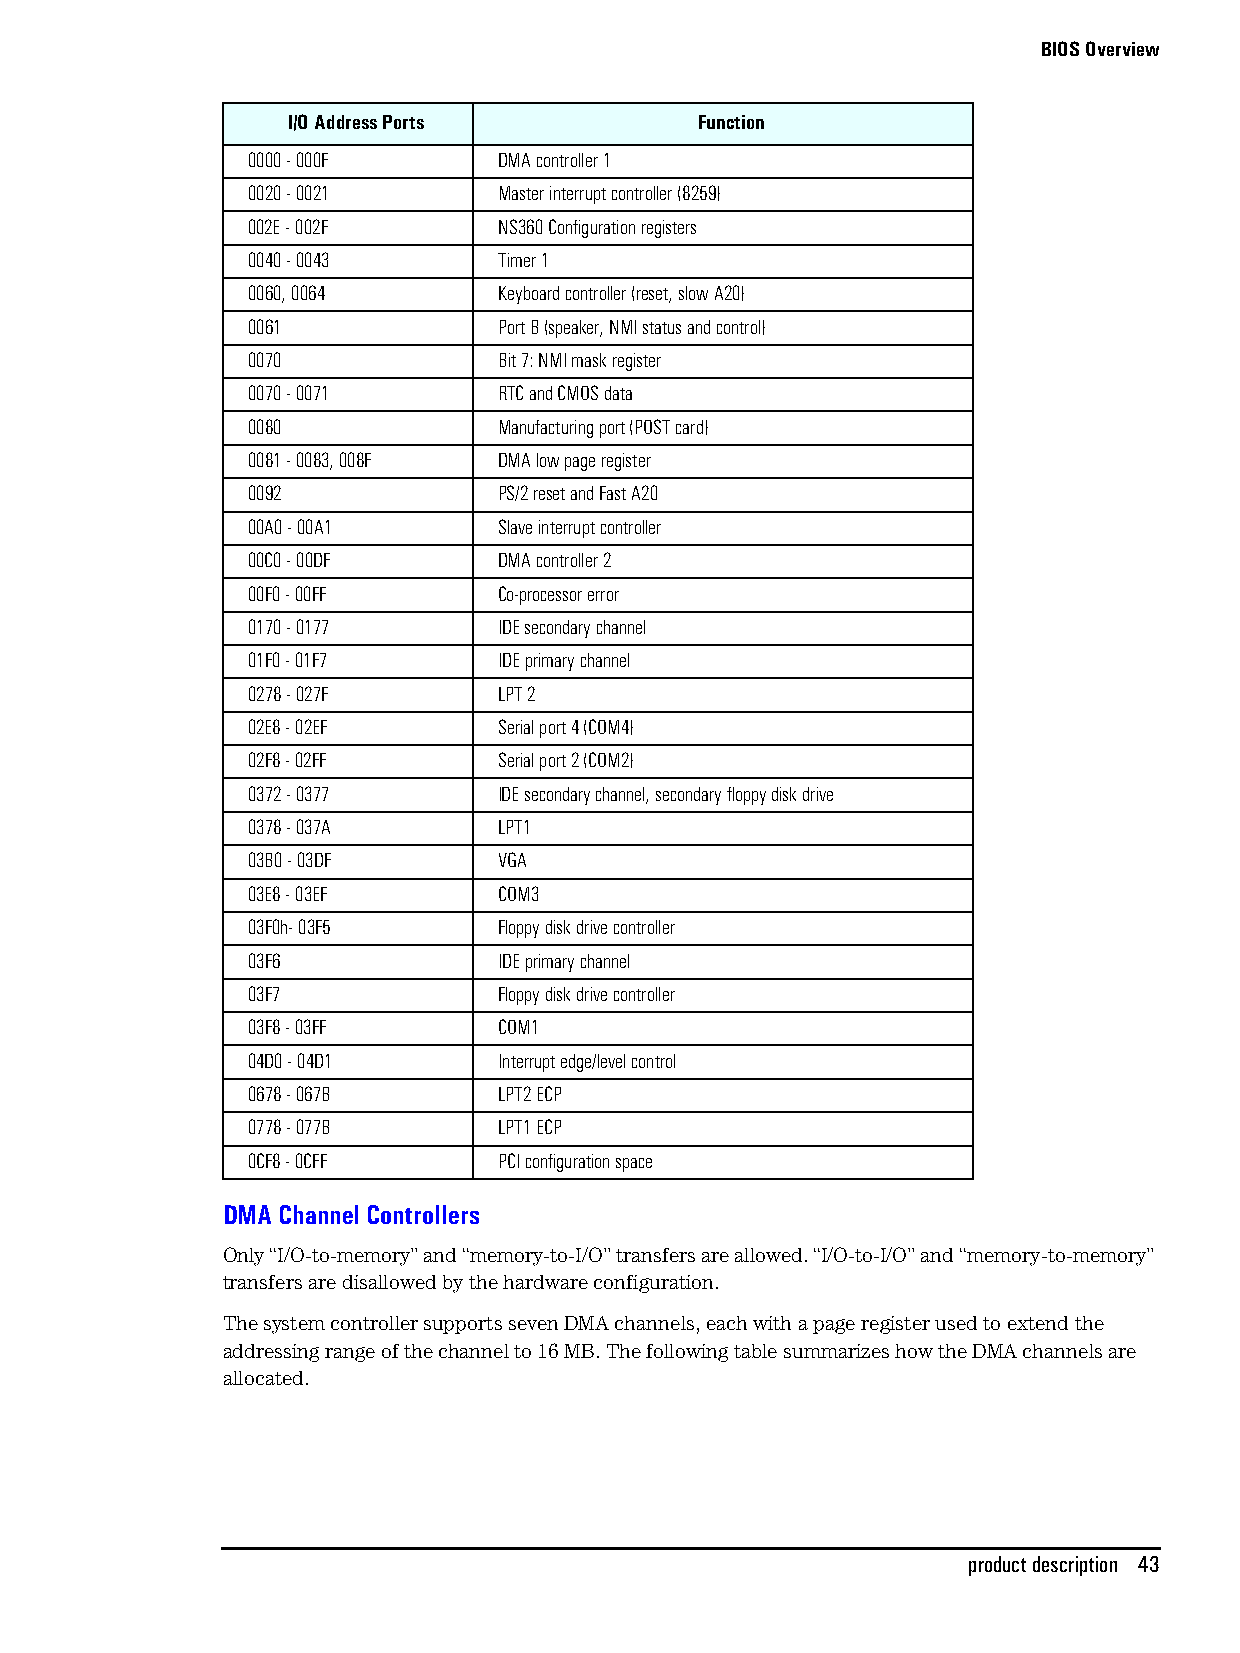
BIOS Overview
 I/O Address Ports          Function
 0000 - 000F      DMA controller 1
 0020 - 0021      Master interrupt controller (8259)
 002E - 002F      NS360 Configuration registers
 0040 - 0043      Timer 1
 0060, 0064       Keyboard controller (reset, slow A20)
 0061             Port B (speaker, NMI status and control)
 0070             Bit 7: NMI mask register
 0070 - 0071      RTC and CMOS data
 0080             Manufacturing port (POST card)
 0081 - 0083, 008F DMA low page register
 0092             PS/2 reset and Fast A20
 00A0 - 00A1      Slave interrupt controller
 00C0 - 00DF      DMA controller 2
 00F0 - 00FF      Co-processor error
 0170 - 0177      IDE secondary channel
 01F0 - 01F7      IDE primary channel
 0278 - 027F      LPT 2
 02E8 - 02EF      Serial port 4 (COM4)
 02F8 - 02FF      Serial port 2 (COM2)
 0372 - 0377      IDE secondary channel, secondary floppy disk drive
 0378 - 037A      LPT1
 03B0 - 03DF      VGA
 03E8 - 03EF      COM3
 03F0h- 03F5      Floppy disk drive controller
 03F6             IDE primary channel
 03F7             Floppy disk drive controller
 03F8 - 03FF      COM1
 04D0 - 04D1      Interrupt edge/level control
 0678 - 067B      LPT2 ECP
 0778 - 077B      LPT1 ECP
 0CF8 - 0CFF      PCI configuration space
 DMA Channel Controllers
 Only “I/O-to-memory” and “memory-to-I/O” transfers are allowed. “I/O-to-I/O” and “memory-to-memory”
 transfers are disallowed by the hardware configuration.
 The system controller supports seven DMA channels, each with a page register used to extend the
 addressing range of the channel to 16 MB. The following table summarizes how the DMA channels are
 allocated.
 product description 43